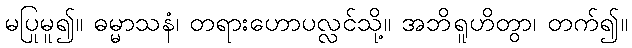
မပြုမူ၍။ ဓမ္မာသနံ၊ တရားဟောပလ္လင်သို့။ အဘိရူဟိတွာ၊ တက်၍။